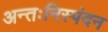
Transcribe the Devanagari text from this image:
अन्तःनिस्पंदन